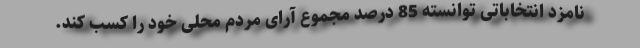
نامزد انتخاباتی توانسته 85 درصد مجموع آرای مردم محلی خود را کسب کند.